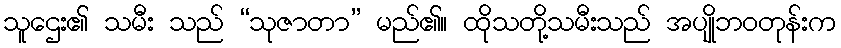
သူဌေး၏ သမီး သည် “သုဇာတာ” မည်၏။ ထိုသတို့သမီးသည် အပျိုဘဝတုန်းက